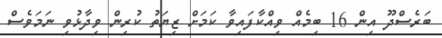
ބަރެސްދޫ އިން 16 ބިމެއް ވިއްކާފައިވާ ކަމަށް ޒިޔަތު ކުރިން ވިދާޅުވި ނަމަވެސް